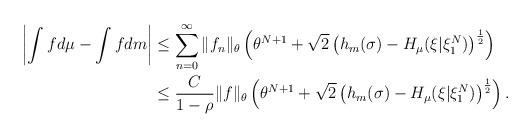
LaTeX: \begin{align*}\left| \int f d\mu - \int f d m\right| &\le \sum_{n=0}^\infty \|f_n\|_\theta \left( \theta^{N+1}+\sqrt{2}\left(h_{ m}(\sigma)-H_\mu(\xi|\xi_1^N)\right)^{\frac12}\right)\\& \le \frac{C}{1-\rho} \|f\|_\theta \left( \theta^{N+1}+\sqrt{2}\left(h_{ m}(\sigma)-H_\mu(\xi|\xi_1^N)\right)^{\frac12}\right).\end{align*}